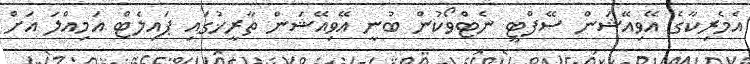
އެމެރިކާގެ އޭވިއޭޝަން ސޭފްޓީ ނެޓްވޯކުން ބުނީ އޭވިއޭޝަން ތާރީޚުގައި ޕައިލެޓް އަމިއްލަ އަށް